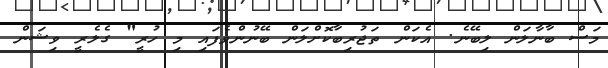
މަސް ބާނާލަން ލިބޭނެ. އެކަން ތަޖުރިބާކޮށްލަން ބޭނުންވެފައި މި ހުރީ" ގެލެރީ ވިޝަން